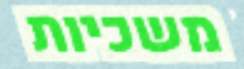
משכיות